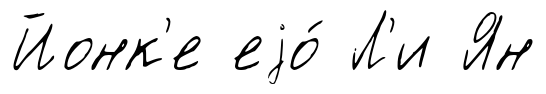
Йонк'е еjо́ Л'и Ян